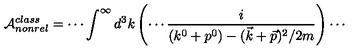
{ \cal { A } } _ { n o n r e l } ^ { c l a s s } = \cdots \int ^ { \infty } d ^ { 3 } k \left( \cdots \frac { i } { ( k ^ { 0 } + p ^ { 0 } ) - ( \vec { k } + \vec { p } ) ^ { 2 } / 2 m } \right) \cdots